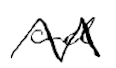
Text: and
Cross-out: zig-zag
Writing tool: digital_black